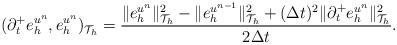
LaTeX: \begin{align*}(\partial_{t}^+e_h^{u^n},e_h^{u^n})_{\mathcal T_h} =\frac{\|e_h^{u^n}\|^2_{\mathcal{T}_h}-\|e_h^{u^{n-1}}\|^2_{\mathcal{T}_h}+(\Delta t)^2\|\partial_{t}^+ e_h^{u^n}\|^2_{\mathcal{T}_h}}{2\Delta t}.\end{align*}